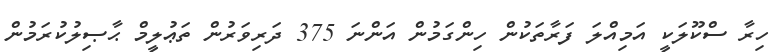
ހިރާ ސްކޫލަކީ އަމިއްލަ ފަރާތަކުން ހިންގަމުން އަންނަ 375 ދަރިވަރުން ތަޢުލީމް ޙާޞިލުކުރަމުން